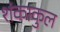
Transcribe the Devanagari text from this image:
शंकाकुल